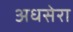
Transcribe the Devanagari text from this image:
अधसेरा